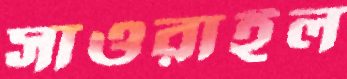
সাওরাইল